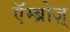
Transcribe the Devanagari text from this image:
एॅम्ब्रोज़्